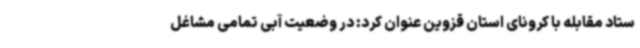
ستاد مقابله با کرونای استان قزوین عنوان کرد: در وضعیت آبی تمامی مشاغل